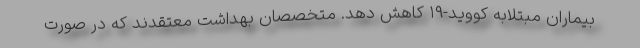
بیماران مبتلابه کووید-۱۹ کاهش دهد. متخصصان بهداشت معتقدند که در صورت